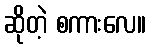
ဆိုတဲ့ စကားလေ။